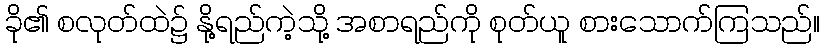
ခို၏ စလုတ်ထဲ၌ နို့ရည်ကဲ့သို့ အစာရည်ကို စုတ်ယူ စားသောက်ကြသည်။